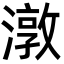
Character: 潡